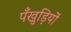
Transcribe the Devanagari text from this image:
पँखुड़ियों